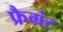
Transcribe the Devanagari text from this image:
फ्रैग्रंट